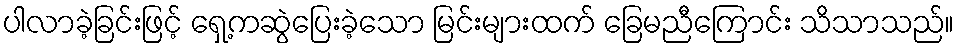
ပါလာခဲ့ခြင်းဖြင့် ရှေ့ကဆွဲပြေးခဲ့သော မြင်းများထက် ခြေမညီကြောင်း သိသာသည်။